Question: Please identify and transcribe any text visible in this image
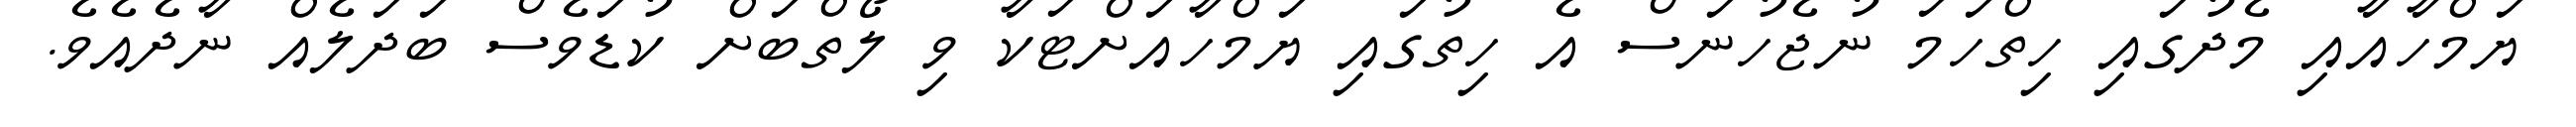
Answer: ޔަމްހާއާއި މެދުގައި ހިތްހަމަ ނުޖެހުނަސް އެ ހިތުގައި ޔަމްހާއަށްޓަކާ ވި ލޯތްބަށް ކުޑަވެސް ބަދަލެއް ނާދެއެވެ.